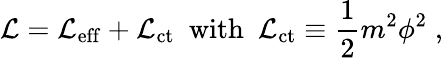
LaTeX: {\cal\mathcal{L}}={\cal\mathcal{L}}_{\mathrm{{eff}}}+{\cal\mathcal{L}}_{\mathrm{{ct}}}{\ \ \mathrm{{with\ \ }}}{\cal\mathcal{L}}_{\mathrm{{ct}}}\equiv{\frac{{1}}{{2}}}m^{2}\phi^{2}\; ,